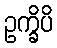
ဥက္ခိပိ